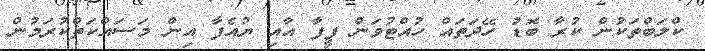
ކްލަބްތަކުން ކުރާ ބޮޑު ހޭދަތައް ހުއްޓުވަން ފީފާ އާއި ޔުއެފާ އިން މަސައްކަތްކުރަމުން